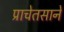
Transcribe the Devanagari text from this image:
प्राचेतसाने